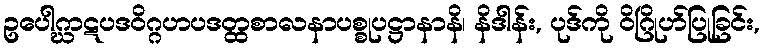
ဥပေါဂ္ဃာဋပဒဝိဂ္ဂဟပဒတ္ထစာလနာပစ္စုပဋ္ဌာနာနိ၊ နိဒါန်း, ပုဒ်ကို ဝိဂြိုဟ်ပြုခြင်း,